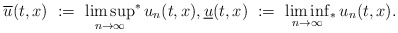
\begin{align*}\overline u(t,x) \ := \ \limsup_{n\rightarrow\infty}\!{}^*\,u_n(t,x), \underline u(t,x) \ := \ \liminf_{n\rightarrow\infty}\!{}_*\,u_n(t,x).\end{align*}